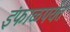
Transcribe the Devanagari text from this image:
इंफाळपर्यंत